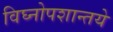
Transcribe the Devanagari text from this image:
विघ्नोपशान्तये